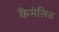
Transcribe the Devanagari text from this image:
कैमेलिड